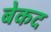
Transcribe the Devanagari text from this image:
बेकद